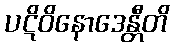
ပဋိဝိနောဒေန္တီတိ